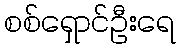
စစ်ရှောင်ဦးရေ